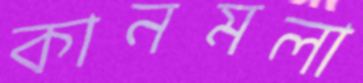
কানমলা